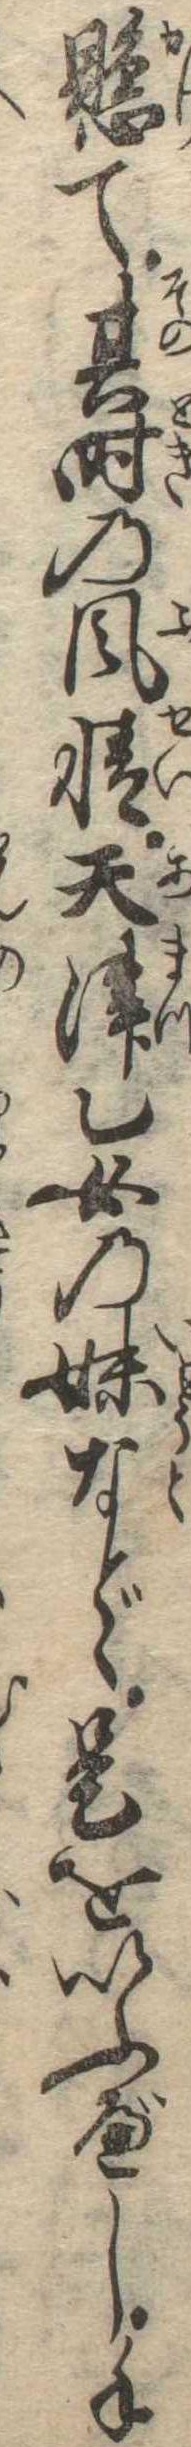
懸て其時の風情天津乙女の妹などゝ是をいふべし手